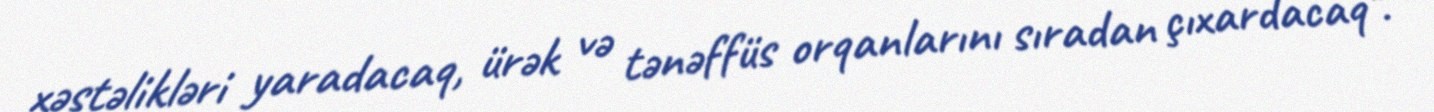
xəstəlikləri yaradacaq, ürək və tənəffüs orqanlarını sıradan çıxardacaq".